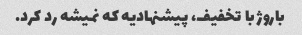
باروژ با تخفیف، پیشنهادیه که نمیشه رد کرد.